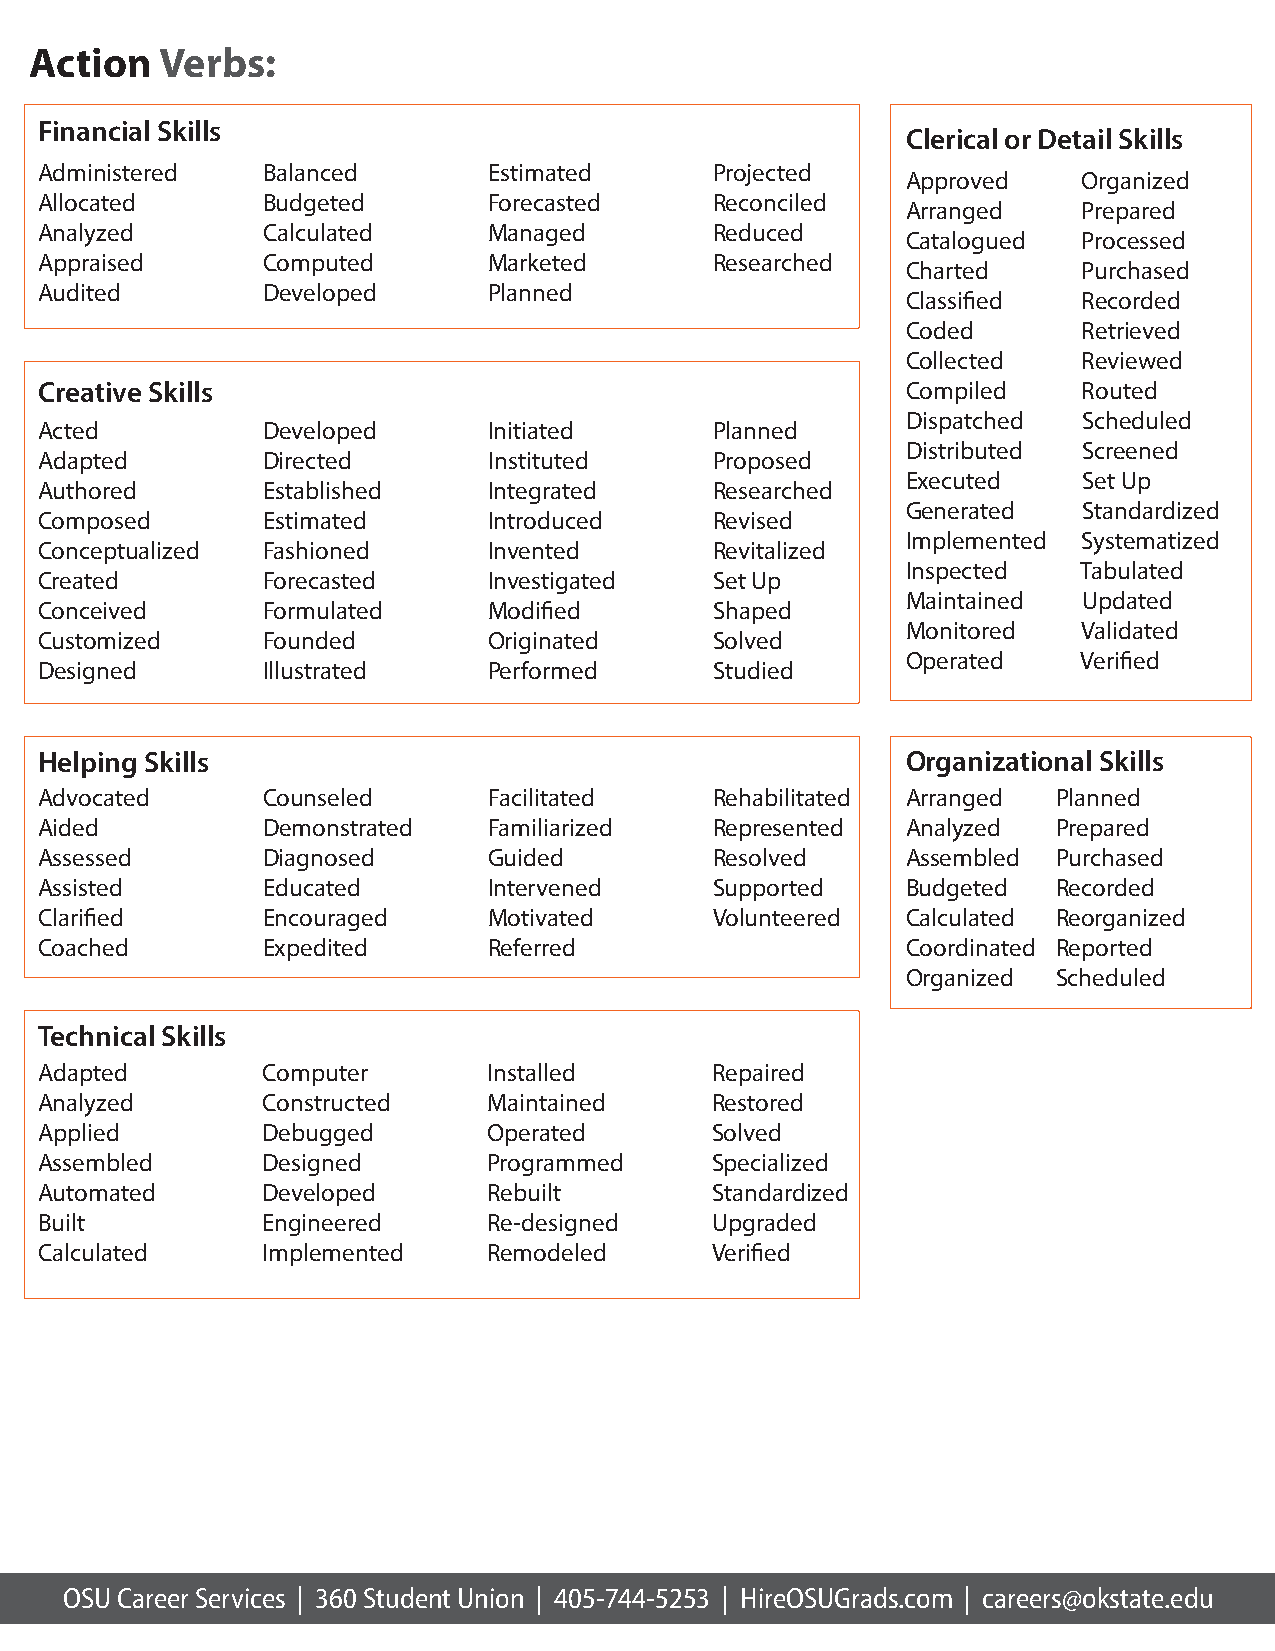
A c tio n V e r b s :
 Financial Skills
 C lerical or D etail Skills
 Adm inistered  Balanced       Estim ated     Projected
 Approved    O rganized
 Allocated      Budgeted       Forecasted     Reconciled
 Arranged    Prepared
 Analyzed       Calculated     Managed        Reduced
 Catalogued  Processed
 Appraised      Com puted      Marketed       Researched
 Charted     Purchased
 Audited        D eveloped     Planned
 Classified  Recorded
 Coded       Retrieved
 Collected   Reviewed
 C reative Skills                                          Com piled   Routed
 D ispatched Scheduled
 Acted          D eveloped     Initiated      Planned
 D istributed Screened
 Adapted        D irected      Instituted     Proposed
 Executed    Set Up
 Authored       Established    Integrated     Researched
 Generated   Standardized
 Com posed      Estim ated     Introduced     Revised
 Im plem ented System atized
 Conceptualized Fashioned      Invented       Revitalized
 Inspected   Tabulated
 Created        Forecasted     Investigated   Set Up
 Maintained  Updated
 Conceived      Form ulated    Modified       Shaped
 Monitored   Validated
 Custom ized    Founded        O riginated    Solved
 O perated   Verified
 D esigned      Illustrated    Perform ed     Studied
 H elp ing Skills                                          O rganizational Skills
 Advocated      Counseled      Facilitated    Rehabilitated Arranged Planned
 Aided          D em onstrated Fam iliarized  Represented  Analyzed  Prepared
 Assessed       D iagnosed     Guided         Resolved     Assem bled Purchased
 Assisted       Educated       Intervened     Supported    Budgeted  Recorded
 Clarified      Encouraged     Motivated      Volunteered  Calculated Reorganized
 Coached        Expedited      Referred                    Coordinated Reported
 O rganized Scheduled
 Technical Skills
 Adapted        Com puter      Installed      Repaired
 Analyzed       Constructed    Maintained     Restored
 Applied        D ebugged      O perated      Solved
 Assem bled     D esigned      Program m ed   Specialized
 Autom ated     D eveloped     Rebuilt        Standardized
 Built          Engineered     Re-designed    Upgraded
 Calculated     Im plem ented  Rem odeled     Verified
 OSU Career Services | 360 Student Union | 405-744-5253 | HireOSUGrads.com | careers@okstate.edu